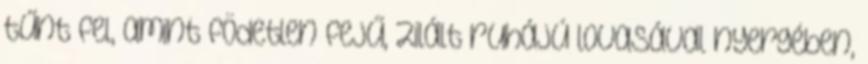
tűnt fel, amint födetlen fejű, zilált ruhájú lovasával nyergében,